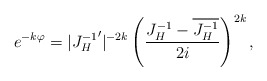
\begin{align*}e^{-k\varphi}=|{J_H^{-1}}'|^{-2k}\left({J_H^{-1}-\overline{J_H^{-1}}\over 2i}\right)^{2k},\end{align*}